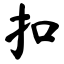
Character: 扣